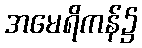
အမေရိကန်၌